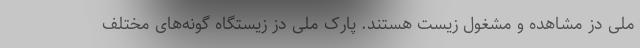
ملی دز مشاهده و مشغول زیست هستند. پارک ملی دز زیستگاه گونه‌های مختلف